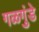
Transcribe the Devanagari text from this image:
गळगुंडे